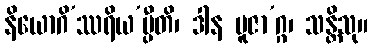
နိယောဂိ’ဿရိယ’ပ္ပီတိ၊ ဒါန ပူဇာ’ဂ္ဂ၊ သန္တိသု။